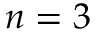
n = 3